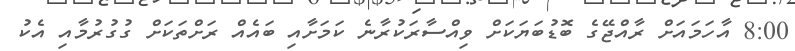
8:00 އާހަމައަށް ރާއްޖޭގެ ބޮޑުބަޔަކަށް ވިއްސާރަކުރާނެ ކަމަށާއި ބައެއް ރަށްތަކަށް ގުގުރުމާއި އެކު